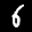
Label: 6